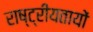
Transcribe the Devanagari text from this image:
राष्ट्रीयतायों